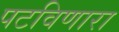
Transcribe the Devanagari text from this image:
पटविणारा